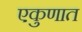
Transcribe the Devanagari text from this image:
एकुणात